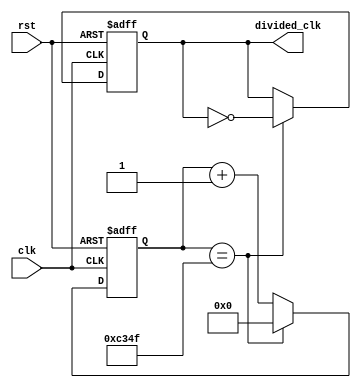
module divider_1ms(input clk, input rst, output reg divided_clk);
    parameter T = 100000;
    reg [16:0] counter;

  always @(posedge clk, negedge rst) begin
    if (!rst)begin
        divided_clk <= 1'b0;
        counter <= 1'b0;
    end
    else
        if(counter == ((T >> 1) - 1))begin
            divided_clk <= ~divided_clk;
            counter <= 1'b0;
        end
        else begin
            counter <= counter + 1'd1;
        end
  end
endmodule